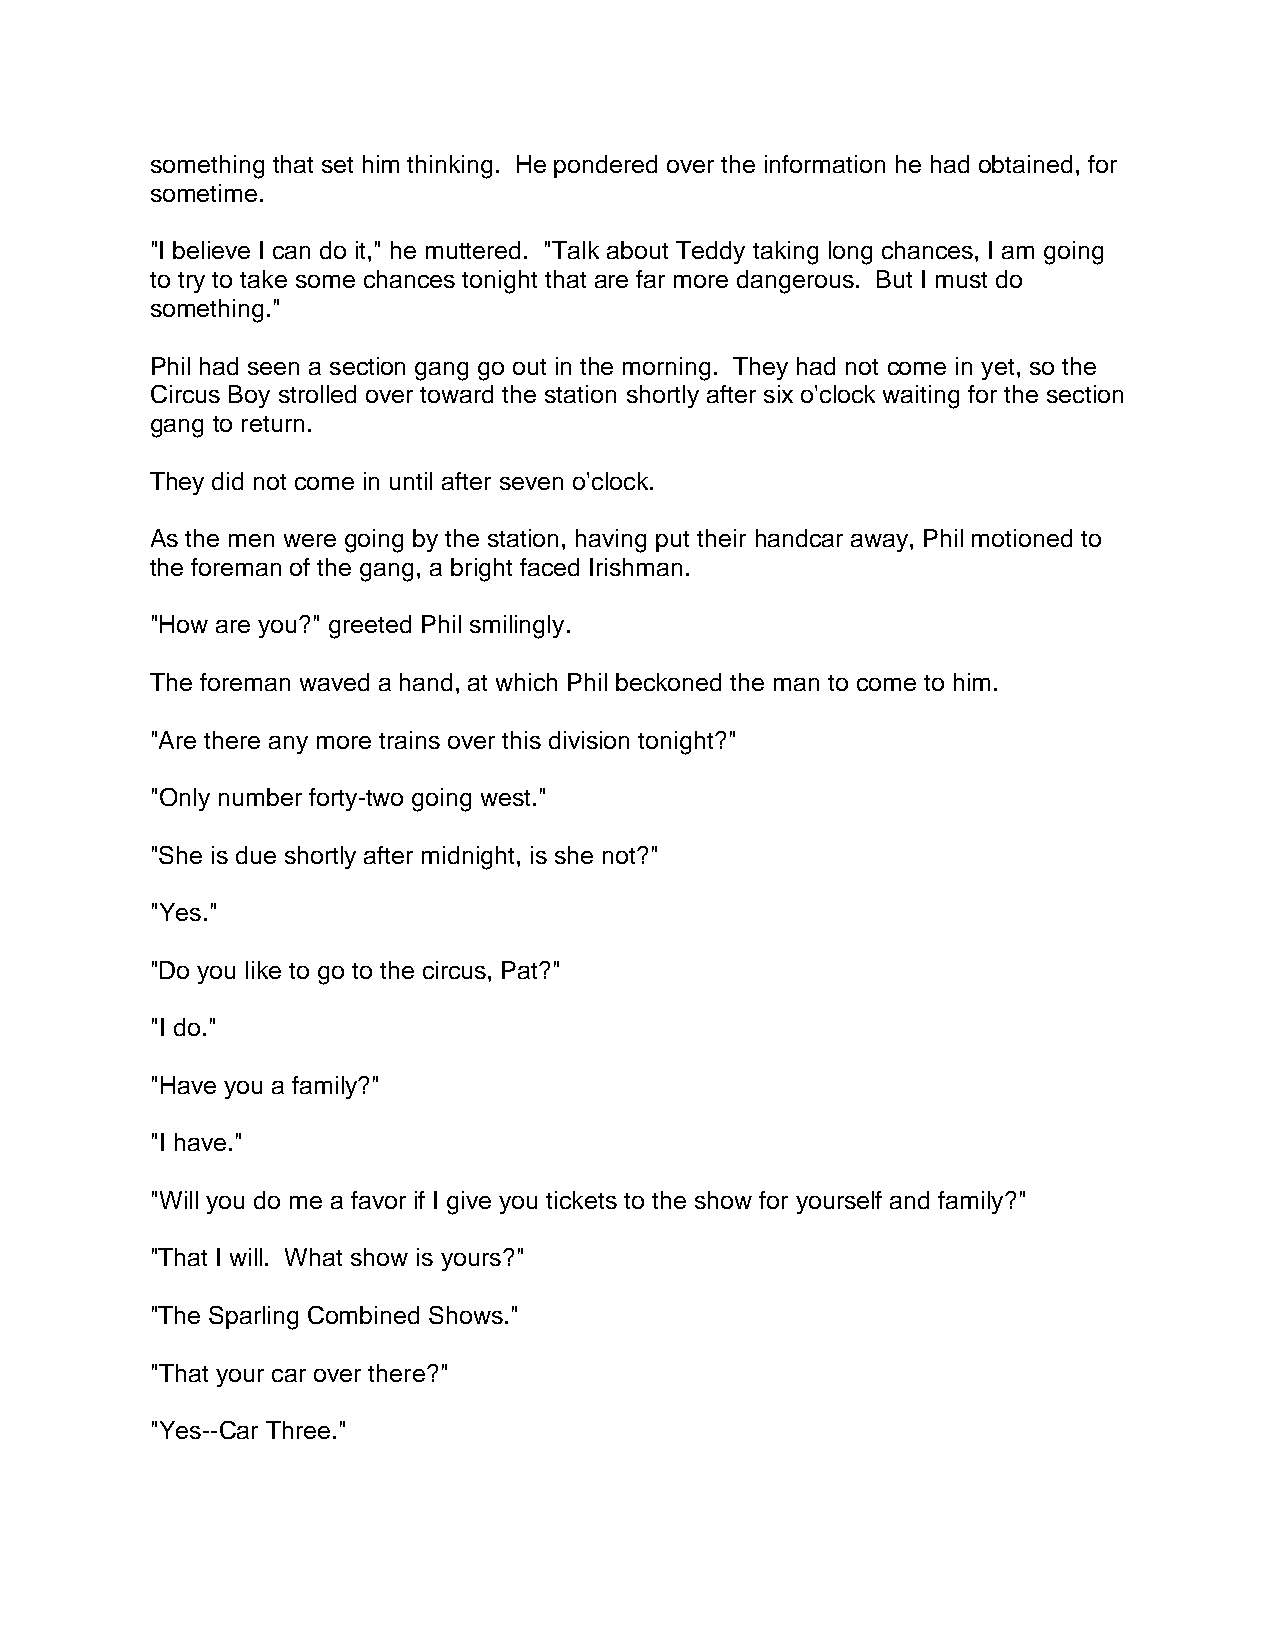
something that set him thinking. He pondered over the information he had obtained, for
 sometime.
 "I believe I can do it," he muttered. "Talk about Teddy taking long chances, I am going
 to try to take some chances tonight that are far more dangerous. But I must do
 something."
 Phil had seen a section gang go out in the morning. They had not come in yet, so the
 Circus Boy strolled over toward the station shortly after six o'clock waiting for the section
 gang to return.
 They did not come in until after seven o'clock.
 As the men were going by the station, having put their handcar away, Phil motioned to
 the foreman of the gang, a bright faced Irishman.
 "How are you?" greeted Phil smilingly.
 The foreman waved a hand, at which Phil beckoned the man to come to him.
 "Are there any more trains over this division tonight?"
 "Only number forty-two going west."
 "She is due shortly after midnight, is she not?"
 "Yes."
 "Do you like to go to the circus, Pat?"
 "I do."
 "Have you a family?"
 "I have."
 "Will you do me a favor if I give you tickets to the show for yourself and family?"
 "That I will. What show is yours?"
 "The Sparling Combined Shows."
 "That your car over there?"
 "Yes--Car Three."